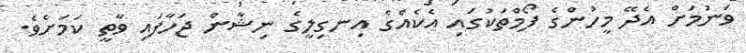
ވަނުމަށް އެދޭ މީހުންގެ ފޯމްތަކުގައި އެކެއްގެ އިނގިލީގެ ނިޝާން ޖަހާފައި ވާތީ ކަމަށެވެ.